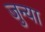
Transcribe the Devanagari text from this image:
जुन्‍या